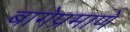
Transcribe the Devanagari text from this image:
बागेप्रमाणे